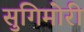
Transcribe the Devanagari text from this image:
सुगिमोरी